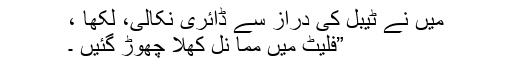
میں نے ٹیبل کی دراز سے ڈائری نکالی، لکھا ،
”فلیٹ میں مما نل کھلا چھوڑ گئیں ۔